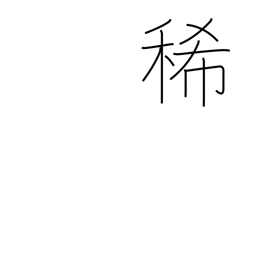
Meaning: dilute (acid)